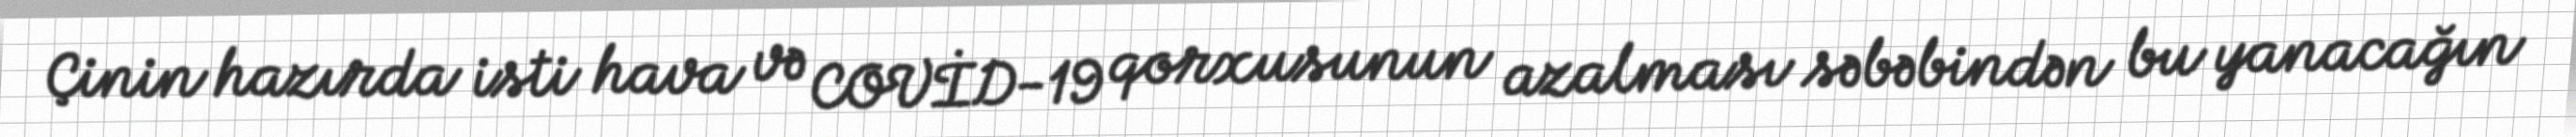
Çinin hazırda isti hava və COVİD-19 qorxusunun azalması səbəbindən bu yanacağın